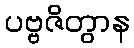
ပဗ္ဗဇိတွာန